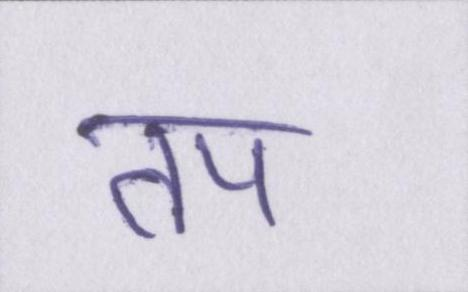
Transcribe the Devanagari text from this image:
तप